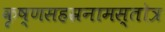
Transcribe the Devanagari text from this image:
कृष्णसहस्रनामस्तोत्र